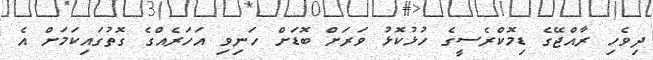
ދިވެހި ރާއްޖޭގެ ޑިމޮކްރެސީގެ ހުޅުކޮޅު ވަރަށް ބޮޑަށް ހަނިވި އަހަރެއްގެ ގޮތުގައިކަމަށް އެ